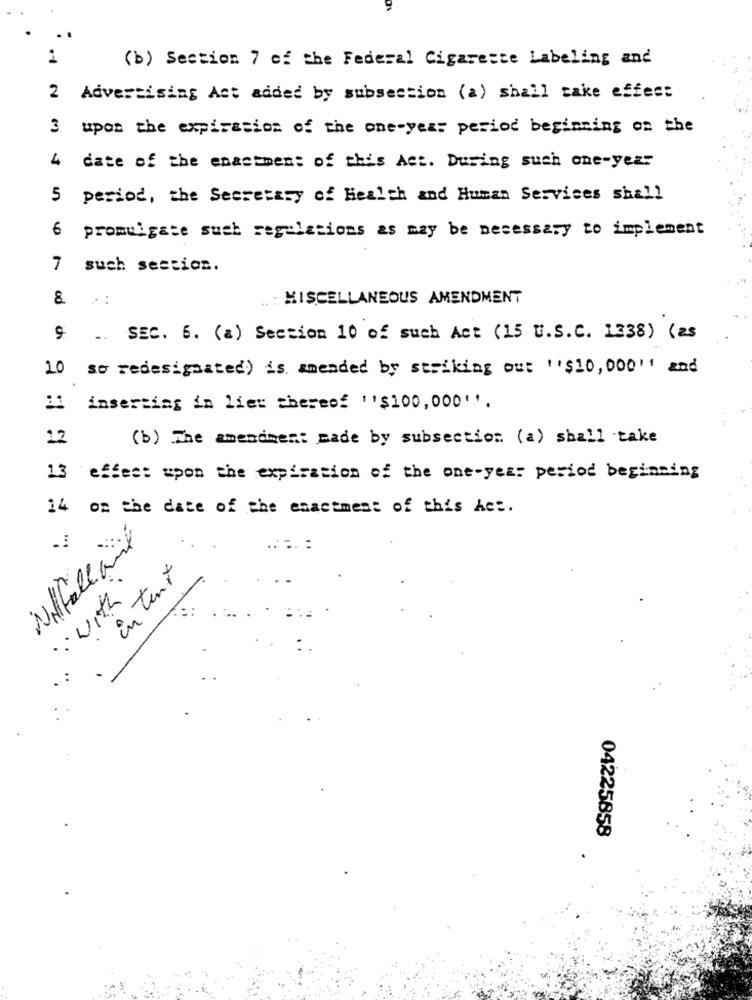
(b) Section 7 of the Federal Cigarette Labeling and
2
Advertising Act added by subsection (a) shall take effect
3 upon the expiration of the one-year period beginning on the
4 date of the enactment of this Act. During such one-year
5 period, the Secretary of Health and Human Services shall
promulgate such regulations as may be necessary to implement
7 such section.
&. .:
MISCELLANEOUS AMENDMENT
.. SEC. 6. (a) Section 10 of such Act (15 U.S.C. 1338) ( as
20
so redesignated) is amended by striking out "$10,000' and
11 inserting in lier thereof ''$100,000''.
. ..
12
(b) The amendment made by subsection (a) shall take
13 effect upon the expiration of the one-yes: period beginning
14 on the date of the enactment of this Act.
Willfalland
.... :
in tent
· with
04225858